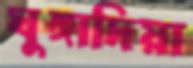
ঘুঙ্গাদিয়া